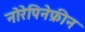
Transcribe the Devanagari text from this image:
नोरेपिनेफ्रीन